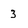
Character: 3